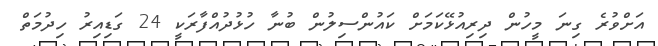
އަށްވުރެ ގިނަ މީހުން ދިރިއުޅޭކަމަށް ކައުންސިލުން ބުނާ ހުޅުދުއްފާރަކީ 24 ގަޑިއިރު ހިދުމަތް